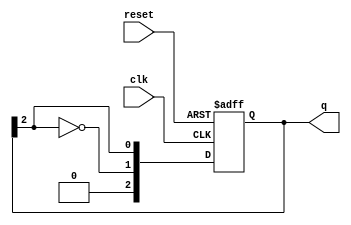
module johnson_counter (
    input wire clk,          // Clock signal
    input wire reset,        // Asynchronous reset signal
    output reg [N-1:0] q     // Output state of the counter
);
    parameter N = 3;         // Number of bits in the Johnson counter

    // State transition logic
    always @(posedge clk or posedge reset) begin
        if (reset) begin
            q <= 0;          // Reset state to 000
        end else begin
            q <= {~q[N-1], q[N-1:N-1]}; // Shift and feedback the inverted last bit
        end
    end

endmodule